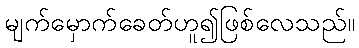
မျက်မှောက်ခေတ်ဟူ၍ဖြစ်လေသည်။